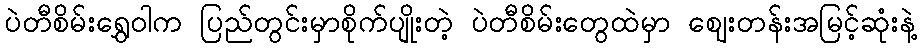
ပဲတီစိမ်းရွှေဝါက ပြည်တွင်းမှာစိုက်ပျိုးတဲ့ ပဲတီစိမ်းတွေထဲမှာ ဈေးတန်းအမြင့်ဆုံးနဲ့